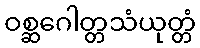
ဝစ္ဆဂေါတ္တသံယုတ္တံ